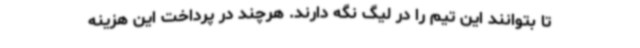
تا بتوانند این تیم را در لیگ نگه دارند. هرچند در پرداخت این هزینه